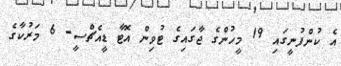
އެ ކުންފުނީގައި 19 މީހުންގެ ޖާގައިގެ ޓުވިން އޮޓާ ޑީއެޗްސީ- 6 މަރުކާގެ